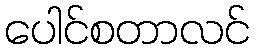
ပေါင်စတာလင်